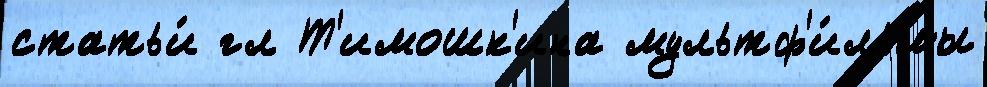
статьи́ гл Т'имошк'ина мультф'и́льмы